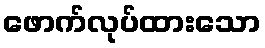
ဖောက်လုပ်ထားသော